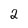
Character: 2